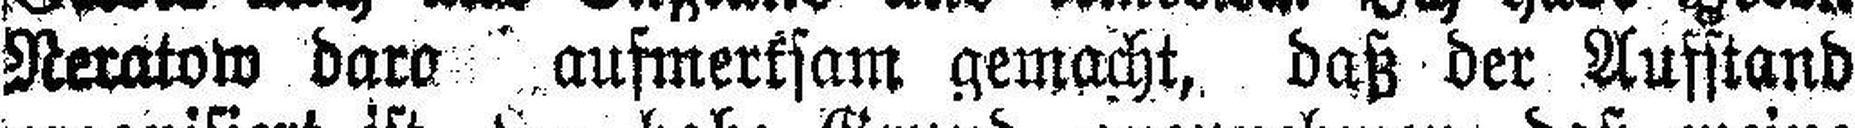
Neratow daro aufmerksam gemacht, daß der Ausstand